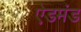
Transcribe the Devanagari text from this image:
ऐडमंड